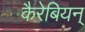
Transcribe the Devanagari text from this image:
कैरेबियन्